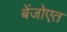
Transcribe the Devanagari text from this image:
बेंजोएत